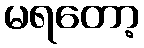
မရတော့